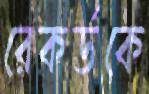
রেকর্ডকে